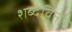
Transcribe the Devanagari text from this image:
शब्देविना